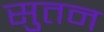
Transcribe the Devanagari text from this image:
सुतन